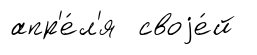
апр'е́л'я своjе́й